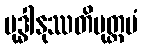
ဗုဒ္ဓါနုဿတိမုတ္တမံ